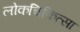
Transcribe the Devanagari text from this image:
लोकचिकित्सा